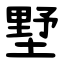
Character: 墅